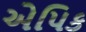
એપિક